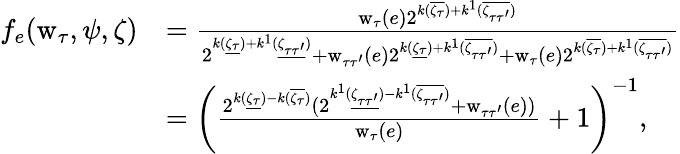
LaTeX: \begin{array}{rl}{f_{e}(\mathrm{w}_{\tau},\psi,\zeta)}&{=\frac{\mathrm{w}_{\tau}(e)2^{k(\overline{{\zeta_{\tau}}})+k^{1}(\overline{{\zeta_{\tau\tau^{\prime}}}})}}{2^{k(\underline{{\zeta_{\tau}}})+k^{1}(\underline{{\zeta_{\tau\tau^{\prime}}}})}+\mathrm{w}_{\tau\tau^{\prime}}(e)2^{k(\underline{{\zeta_{\tau}}})+k^{1}(\overline{{\zeta_{\tau\tau^{\prime}}}})}+\mathrm{w}_{\tau}(e)2^{k(\overline{{\zeta_{\tau}}})+k^{1}(\overline{{\zeta_{\tau\tau^{\prime}}}})}}}\\ &{=\left(\frac{2^{k(\underline{{\zeta_{\tau}}})-k(\overline{{\zeta_{\tau}}})}(2^{k^{1}(\underline{{\zeta_{\tau\tau^{\prime}}}})-k^{1}(\overline{{\zeta_{\tau\tau^{\prime}}}})}+\mathrm{w}_{\tau\tau^{\prime}}(e))}{\mathrm{w}_{\tau}(e)}+1\right)^{-1},}\end{array}